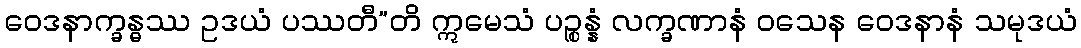
ဝေဒနာက္ခန္ဓဿ ဥဒယံ ပဿတီ”တိ ဣမေသံ ပဉ္စန္နံ လက္ခဏာနံ ဝသေန ဝေဒနာနံ သမုဒယံ